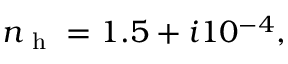
n _ { \mathrm { ~ h ~ } } = 1 . 5 + i 1 0 ^ { - 4 } ,